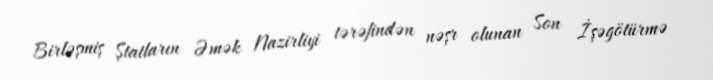
Birləşmiş Ştatların Əmək Nazirliyi tərəfindən nəşr olunan Son İşəgötürmə